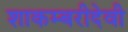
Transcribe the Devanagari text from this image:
शाकम्बरीदेवी